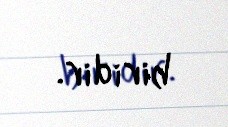
biridir.